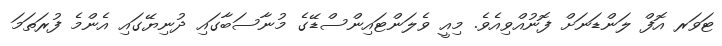
ޓަވަރ އޮފް ލަންޑަނަށް ފޮނުއްވިއެވެ. މިއީ ވެލަންޓައިންސްޑޭގެ މުނާސަބާގައި ދުނިޔޭގައި އެންމެ ފުރަތަމަ